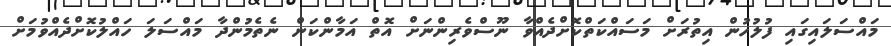
މައްސަލައިގައި ފުލުހުން އިތުރަށް މަސައްކަތްކޮށްދެއްވާ ނޫސްވެރިންނަށް އޮތް އަމާންކަން ނެތެމުންދާ މައްސަލަ ހައްލުކޮށްދެއްވުމަށް